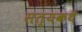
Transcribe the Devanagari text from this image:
सत्यकथे